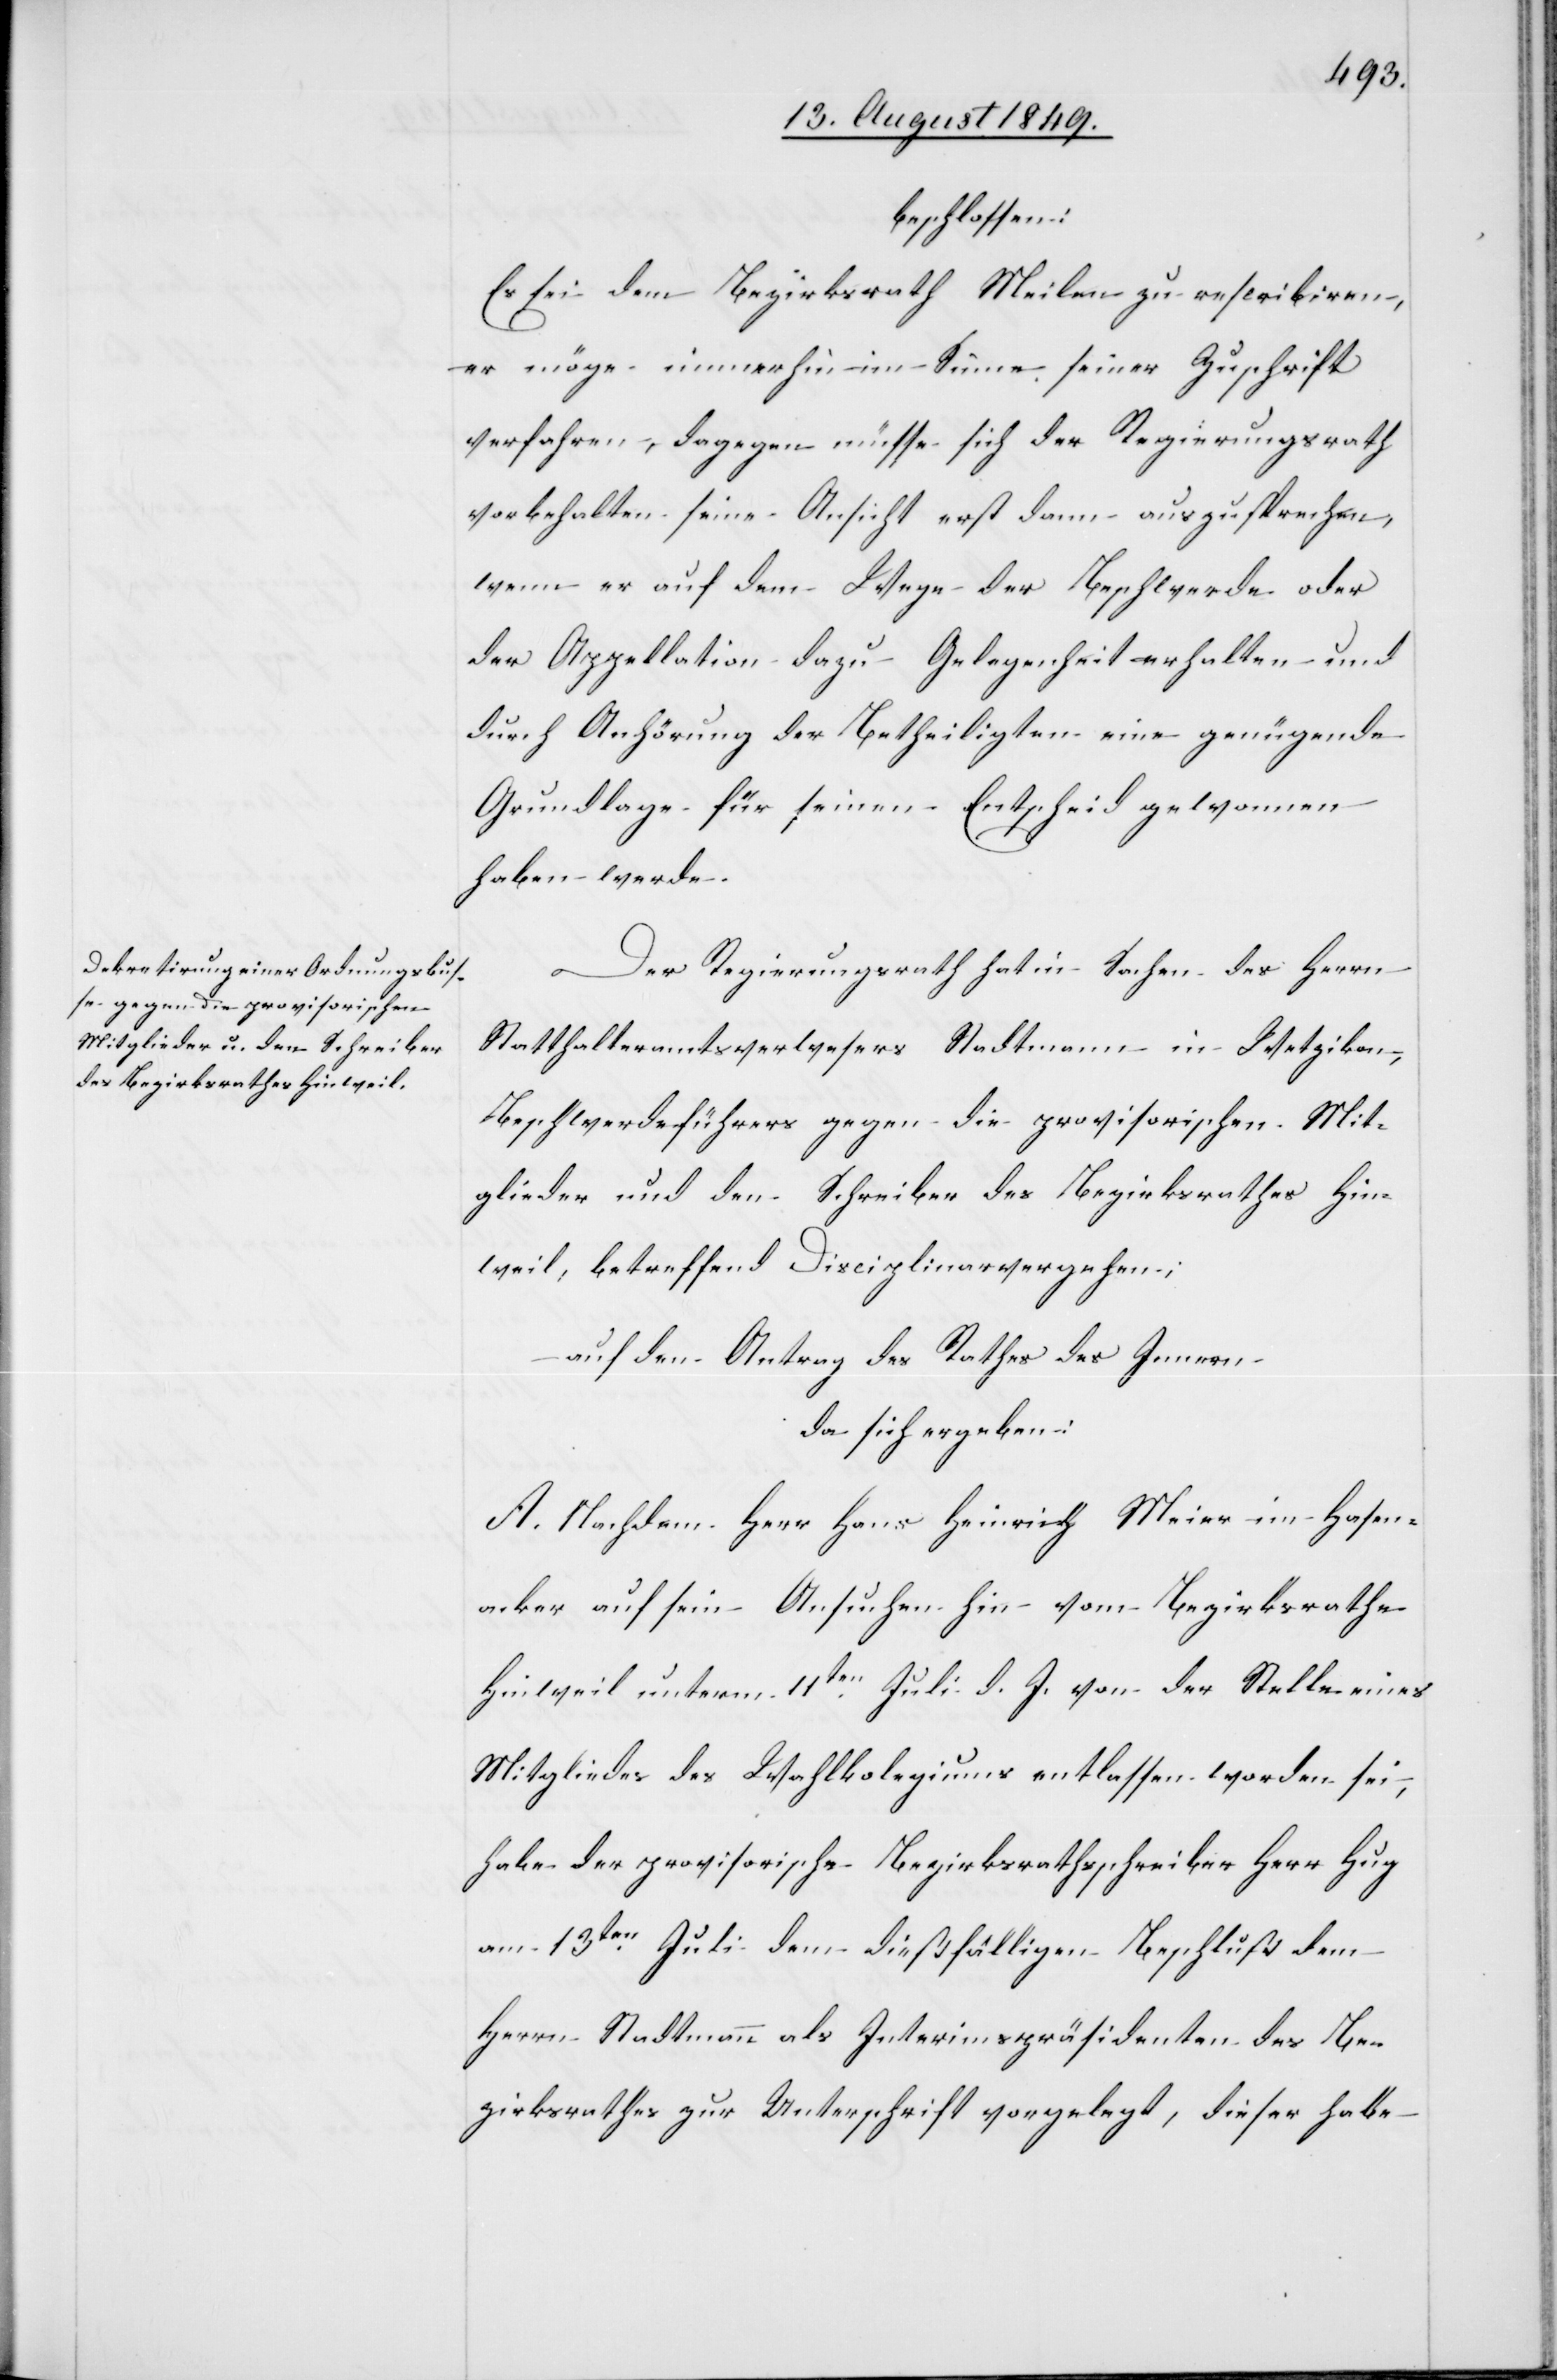
beschlossen:
Es sei dem Bezirksrath Meilen zu rescribiren,
er möge immerhin im Sinne seiner Zuschrift
verfahren, dagegen müsse sich der Regierungsrath
vorbehalten seine Ansicht erst dann auszusprechen,
wenn er auf dem Wege der Beschwerde oder
der Appellation dazu Gelegenheit erhalten und
durch Anhörung der Betheiligten eine genügende
Grundlage für seinen Entscheid gewonnen
haben werde.
Der Regierungsrath hat in Sachen des Herrn
Statthalteramtsverwesers Stadtmann in Wetzikon,
Beschwerdeführers gegen die provisorischen Mit¬
glieder und den Schreiber des Bezirksrathes Hin¬
weil, betreffend Disciplinarvergehen;
auf den Antrag des Rathes des Innern
da sich ergeben:
A. Nachdem Herr Hans Heinrich Meier im Hasen¬
acker auf sein Ansuchen hin vom Bezirksrathe
Hinweil unterm 11ten Juli d. J. von der Stelle eines
Mitgliedes des Wahlkolegiums entlassen worden sei,
habe der provisorische Bezirksrathsschreiber Herr Hug
am 13ten Juli dem dießfälligen Beschluß dem
Herrn Stadtmann als Interimspräsidenten des Be¬
zirksrathes zur Unterschrift vorgelegt, dieser habe